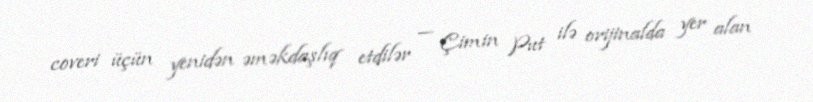
coveri üçün yenidən əməkdaşlıq etdilər — Çimin Put ilə orijinalda yer alan